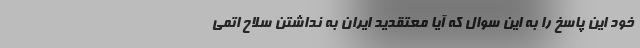
خود این پاسخ را به این سوال که آیا معتقدید ایران به نداشتن سلاح اتمی